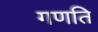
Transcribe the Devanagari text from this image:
गणति